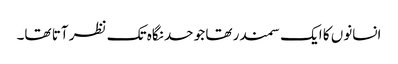
انسانوں کا ایک سمندر تھا جو حد نگاہ تک نظر آتا تھا۔